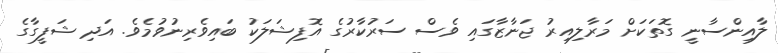
ލާއިންސާނީ ގޮތަކަށް މަރާލިއިރު ޖަނާޒާގައި ވެސް ސަރުކާރުގެ އޮފިޝަލަކު ބައިވެރިނުވުމެވެ. އަދި ޝަފީގާގެ